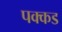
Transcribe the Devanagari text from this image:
पक्कड